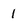
Character: 1